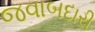
જવાબદારી